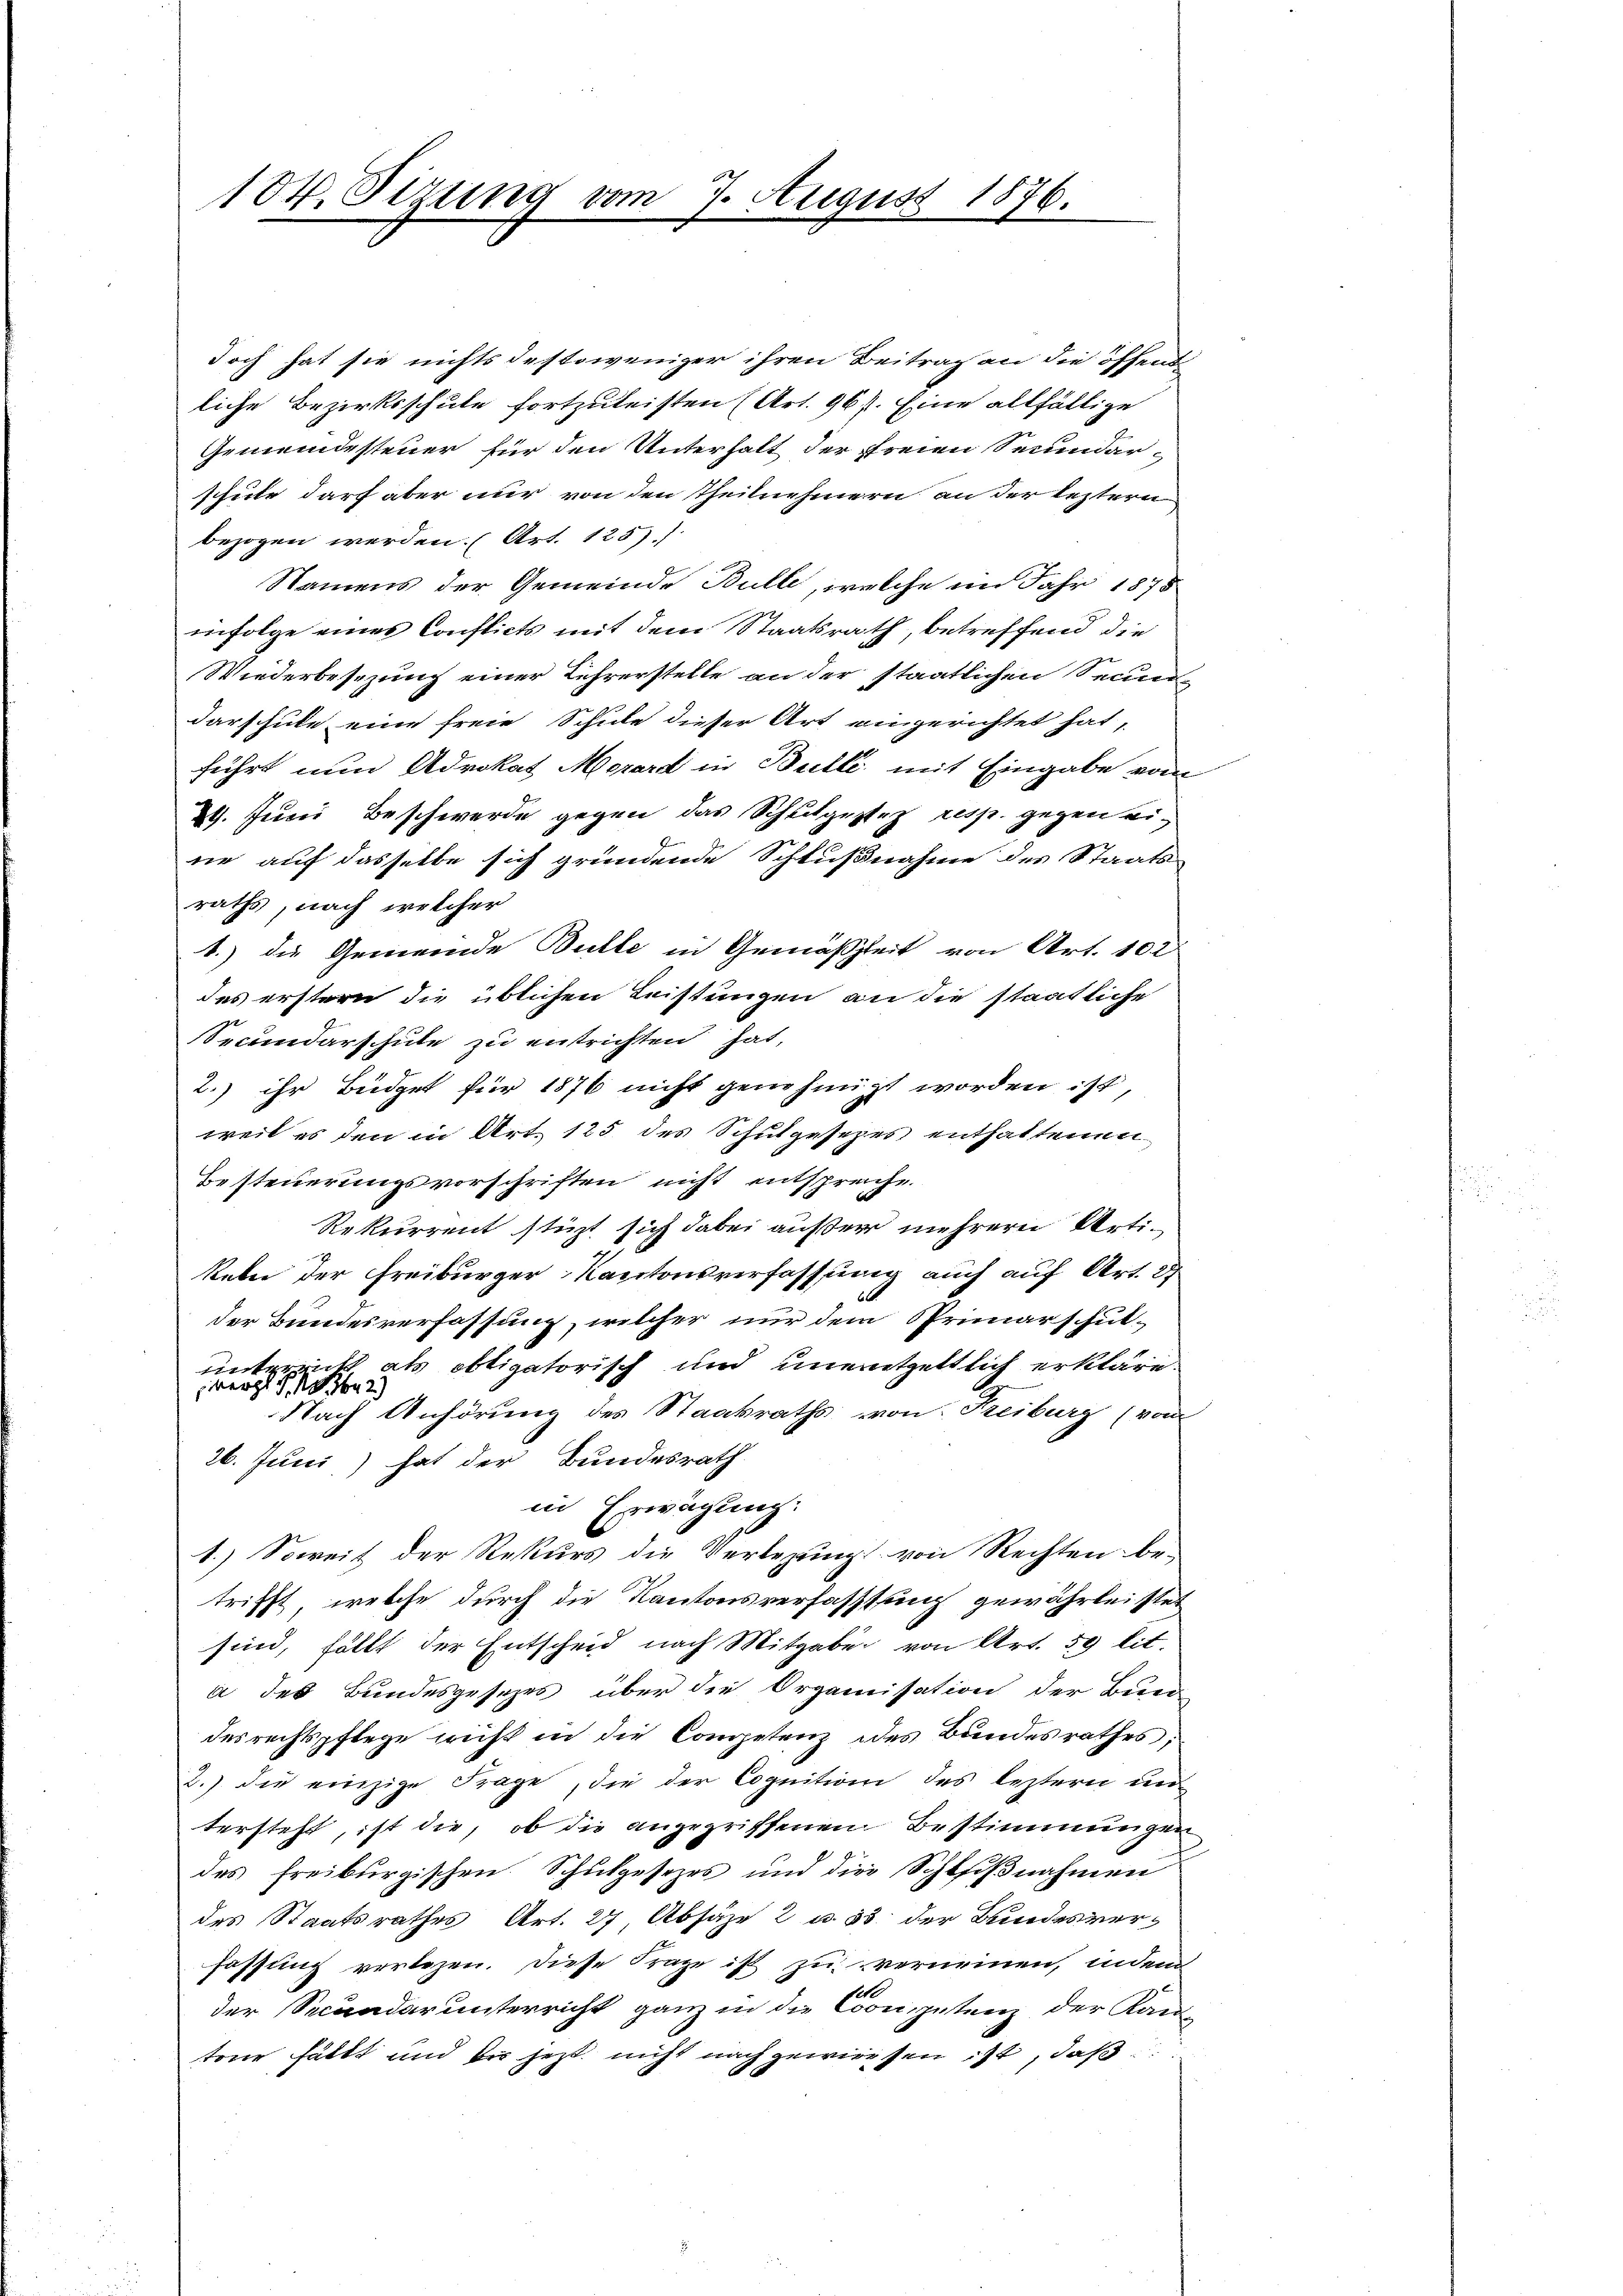
184. Sizung vom

7. August 1876.

doch hat sie nichts destoweniger ihren Beitrag an die öffend
liche Bezirksschule fortzuleisten (Art. 967. Eine allfällige
Gemeindesteuer für den Unterhalt der freien Secundarschule darf aber nur von den Theilnehmern an der leztern
bezogen werden. (Art. 125.)
Namens der Gemeinde Bulle, welche im Jahr 1875
infolge eines Consticts mit dem Staatsrath, betreffend die
Wiederbesezung einer Lehrerstelle an der staatlichen Secun-
darschule eine freie Schule dieser Art eingerichtet hat,
führt nun Advokat Merard in Bulli mit Eingabe von
29. Juni Beschwerde gegen das Schulgestez resp. gegen eine auf dasselbe sich gründende Schlußnahme des Staats-
raths, nach welcher
1.) die Gemeinde Bulle in Gemäßheit von Art. 102
des erstern die üblichen Leistungen an die staatliche
Secundarschule zu entrichten hat,
2.) ihr Büdget für 1876 nicht genehmigt worden ist,
weil es den in Art. 125 des Schulgesezes enthaltenen
Besteuerungsvorschriften nicht entspreche
Rekurrent stüzt sich dabei außer mehrere Arti¬
Reben der Freiburger Kantonsverfassung auch auf Art. 27
der Bundesverfassung, welcher nur dem Primarschulunterricht als obligatorisch und unentgeltlich erkläre.
ergl. S. 362)
Nach Anhörung des Staatsraths von Freiburg (vom
26. Juni,) hat der Bundesrath
in Erwägung.
1.) Soweit der Rekurs die Verlegung von Rechten be-
trifft, welche durch die Kantonsverfassung gewährleistet
sind, fällt der Entscheid nach Mitgabe von Art. 59 lit.
à des Bundesgesezes über die Organisation der Bund
des rechtspflege nicht in die Competenz des Bundesrathes;
2.) die einzige Frage, die der Cognition des letztern un
tersteht, ist die, ob die angegriffenen Bestimmungen
des freiburgischen Schulgesezes und die Schlißnahmen
des Staatsrathes Art. 27, Absäze 2 u. 35 der Bundesverfassung verlesen. Diese Frage ist zu verneinen, indem
der Secundarunterricht ganz in die Conspetenz der Kan
tone hättt und bis jetzt nicht nachgewiesen ist, daß